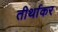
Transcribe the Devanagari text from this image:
तीर्थाकर